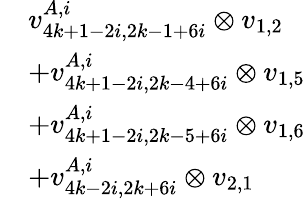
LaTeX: \begin{array}{rl}&{v_{4k+1-2i,2k-1+6i}^{A,i}\otimes v_{1,2}}\\ &{+v_{4k+1-2i,2k-4+6i}^{A,i}\otimes v_{1,5}}\\ &{+v_{4k+1-2i,2k-5+6i}^{A,i}\otimes v_{1,6}}\\ &{+v_{4k-2i,2k+6i}^{A,i}\otimes v_{2,1}}\end{array}